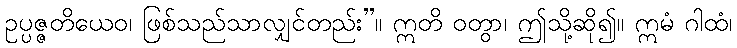
ဥပ္ပဇ္ဇတိယေဝ၊ ဖြစ်သည်သာလျှင်တည်း”။ ဣတိ ဝတွာ၊ ဤသို့ဆို၍။ ဣမံ ဂါထံ၊